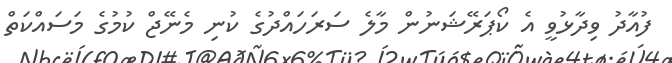
ފުއާދު ވިދާޅުވީ އެ ކޯޕަރޭޝަނުން މާލެ ސަރަހައްދުގެ ކުނި މެނޭޖް ކުުމުގެ މަސައްކަތް